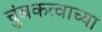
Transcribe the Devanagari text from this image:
चुंबकत्वाच्या